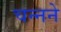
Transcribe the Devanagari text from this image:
चन्नने